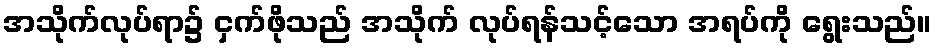
အသိုက်လုပ်ရာ၌ ငှက်ဖိုသည် အသိုက် လုပ်ရန်သင့်သော အရပ်ကို ရွေးသည်။